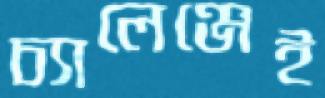
চ্যালেঞ্জেই